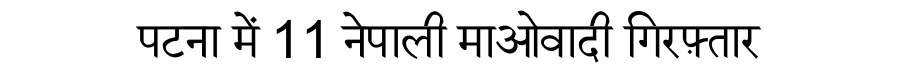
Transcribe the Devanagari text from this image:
पटना में 11 नेपाली माओवादी गिरफ़्तार